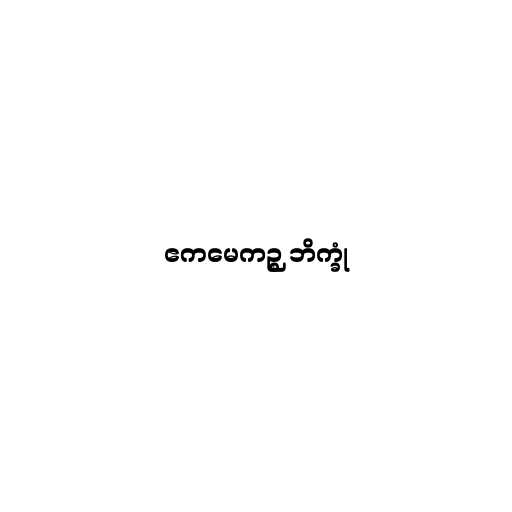
ဧကမေကဉ္စ ဘိက္ခုံ